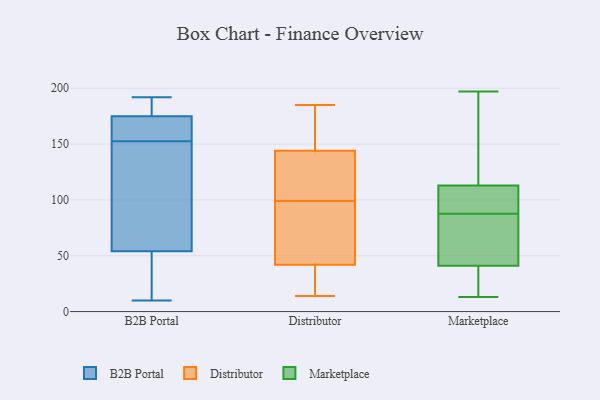
{"axis": {"x": "Shipments", "y": "Value"}, "legend": ["B2B Portal", "Distributor", "Marketplace"], "data": [{"x": "", "y": 192, "type": "B2B Portal"}, {"x": "", "y": 190, "type": "B2B Portal"}, {"x": "", "y": 174, "type": "B2B Portal"}, {"x": "", "y": 121, "type": "B2B Portal"}, {"x": "", "y": 186, "type": "B2B Portal"}, {"x": "", "y": 181, "type": "B2B Portal"}, {"x": "", "y": 159, "type": "B2B Portal"}, {"x": "", "y": 175, "type": "B2B Portal"}, {"x": "", "y": 175, "type": "B2B Portal"}, {"x": "", "y": 168, "type": "B2B Portal"}, {"x": "", "y": 28, "type": "B2B Portal"}, {"x": "", "y": 32, "type": "B2B Portal"}, {"x": "", "y": 169, "type": "B2B Portal"}, {"x": "", "y": 36, "type": "B2B Portal"}, {"x": "", "y": 10, "type": "B2B Portal"}, {"x": "", "y": 76, "type": "B2B Portal"}, {"x": "", "y": 84, "type": "B2B Portal"}, {"x": "", "y": 146, "type": "B2B Portal"}, {"x": "", "y": 50, "type": "B2B Portal"}, {"x": "", "y": 58, "type": "B2B Portal"}, {"x": "", "y": 139, "type": "Distributor"}, {"x": "", "y": 22, "type": "Distributor"}, {"x": "", "y": 125, "type": "Distributor"}, {"x": "", "y": 116, "type": "Distributor"}, {"x": "", "y": 178, "type": "Distributor"}, {"x": "", "y": 158, "type": "Distributor"}, {"x": "", "y": 89, "type": "Distributor"}, {"x": "", "y": 81, "type": "Distributor"}, {"x": "", "y": 37, "type": "Distributor"}, {"x": "", "y": 42, "type": "Distributor"}, {"x": "", "y": 109, "type": "Distributor"}, {"x": "", "y": 14, "type": "Distributor"}, {"x": "", "y": 144, "type": "Distributor"}, {"x": "", "y": 16, "type": "Distributor"}, {"x": "", "y": 86, "type": "Distributor"}, {"x": "", "y": 185, "type": "Distributor"}, {"x": "", "y": 167, "type": "Distributor"}, {"x": "", "y": 79, "type": "Distributor"}, {"x": "", "y": 91, "type": "Marketplace"}, {"x": "", "y": 41, "type": "Marketplace"}, {"x": "", "y": 112, "type": "Marketplace"}, {"x": "", "y": 51, "type": "Marketplace"}, {"x": "", "y": 84, "type": "Marketplace"}, {"x": "", "y": 190, "type": "Marketplace"}, {"x": "", "y": 82, "type": "Marketplace"}, {"x": "", "y": 21, "type": "Marketplace"}, {"x": "", "y": 37, "type": "Marketplace"}, {"x": "", "y": 164, "type": "Marketplace"}, {"x": "", "y": 113, "type": "Marketplace"}, {"x": "", "y": 13, "type": "Marketplace"}, {"x": "", "y": 197, "type": "Marketplace"}, {"x": "", "y": 113, "type": "Marketplace"}]}